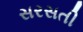
સરસતી